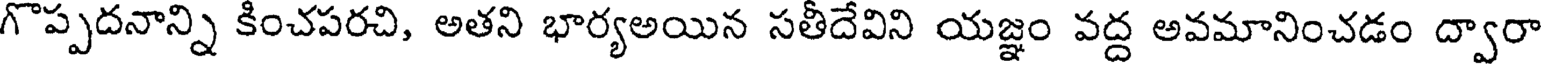
గొప్పదనాన్ని కించపరచి, అతని భార్యఅయిన సతీదేవిని యజ్ఞం వద్ద అవమానించడం ద్వారా